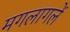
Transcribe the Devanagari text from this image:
मगलागलें